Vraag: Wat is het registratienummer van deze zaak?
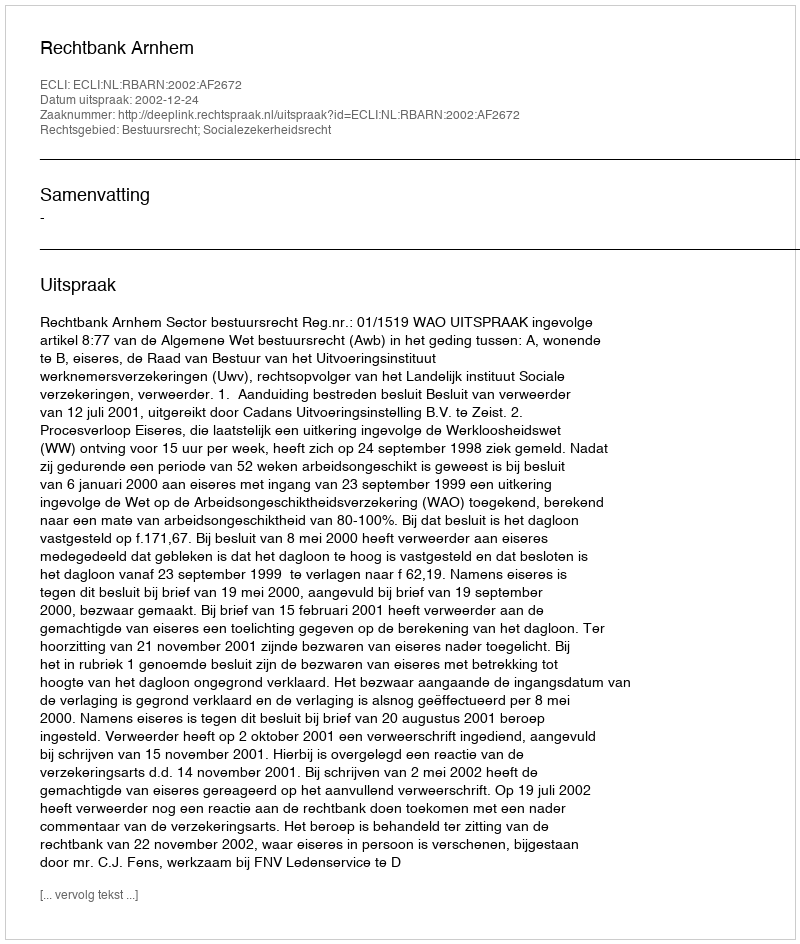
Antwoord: http://deeplink.rechtspraak.nl/uitspraak?id=ECLI:NL:RBARN:2002:AF2672